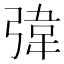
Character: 𪫀